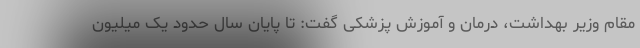
مقام وزیر بهداشت، درمان و آموزش پزشکی گفت: تا پایان سال حدود یک میلیون